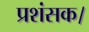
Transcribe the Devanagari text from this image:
प्रशंसक।